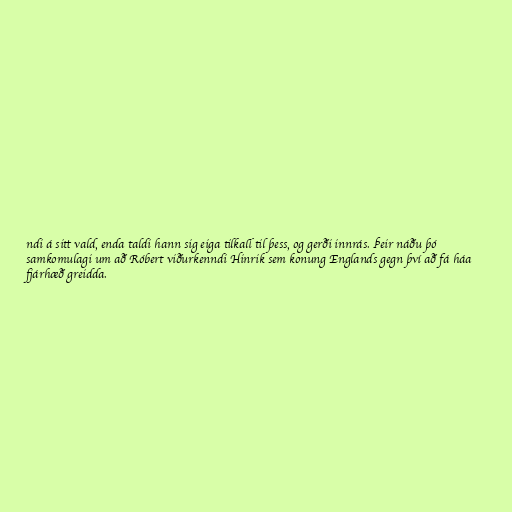
ndi á sitt vald, enda taldi hann sig eiga tilkall til þess, og gerði innrás. Þeir náðu þó
samkomulagi um að Róbert viðurkenndi Hinrik sem konung Englands gegn því að fá háa
fjárhæð greidda.